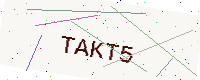
Text: TAKT5